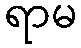
ရာမ